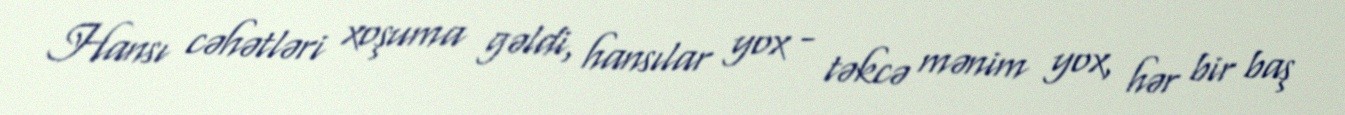
Hansı cəhətləri xoşuma gəldi, hansılar yox - təkcə mənim yox, hər bir baş